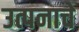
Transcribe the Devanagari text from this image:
उत्पनाचे